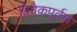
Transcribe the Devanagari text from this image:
विवेकपूर्वक